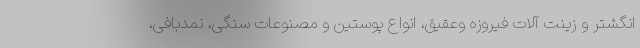
انگشتر و زینت آلات فیروزه وعقیق، انواع پوستین و مصنوعات سنگی، نمدبافی،